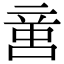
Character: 𠶷